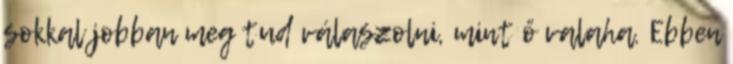
sokkal jobban meg tud válaszolni, mint ő valaha. Ebben